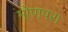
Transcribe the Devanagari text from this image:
मोणपरा